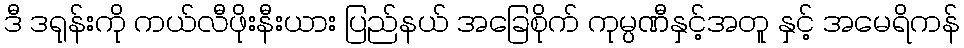
ဒီ ဒရုန်းကို ကယ်လီဖိုးနီးယား ပြည်နယ် အခြေစိုက် ကုမ္ပဏီနှင့်အတူ နှင့် အမေရိကန်